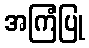
အကြံပြု